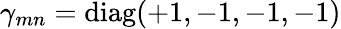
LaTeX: \gamma_{mn}=\mathrm{diag}(+1,-1,-1,-1)